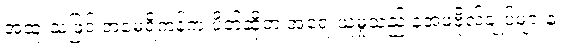
အထူးသဖြင့် အမေရိကန်က ပိတ်ဆို့တဲ့ အရေးယူမှုသည် နအဖဗိုလ်ချုပ်များနဲ့